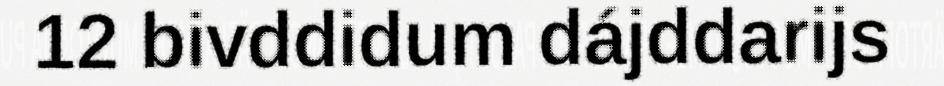
12 bivddidum dájddarijs